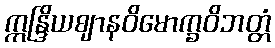
ဣန္ဒြိယဈာနဝိမောက္ခဝိဘတ္တံ